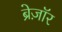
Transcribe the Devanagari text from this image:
ब्रेज़ाॅर